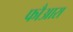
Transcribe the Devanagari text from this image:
फौआरा